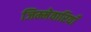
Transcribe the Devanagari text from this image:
जिम्मेवारियाँ